Anatomy and histology of ticks - Number 23
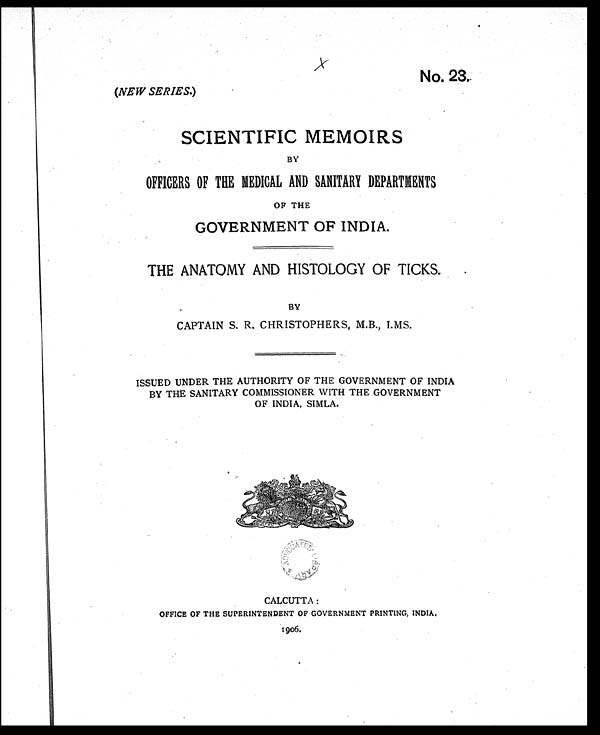
No. 23.
(NEW SERIES.)
SCIENTIFIC MEMOIRS
BY
OFFICERS OF THE MEDICAL AND SANITARY DEPARTMENTS
OF THE
GOVERNMENT OF INDIA.
THE ANATOMY AND HISTOLOGY OF TICKS.
BY
CAPTAIN S. R. CHRISTOPHERS, M.B., I.MS.
ISSUED UNDER THE AUTHORITY OF THE GOVERNMENT OF INDIA
BY THE SANITARY COMMISSIONER WITH THE GOVERNMENT
OF INDIA, SIMLA.
CALCUTTA:
OFFICE OF THE SUPERINTENDENT OF GOVERNMENT PRINTING, INDIA.
1906.